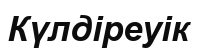
Күлдіреуік